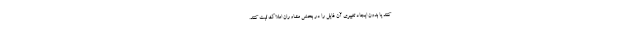
کنند یا بدون ایجاد تغییری آن فایل را در بخش مشاوران املاک ثبت کنند.